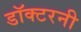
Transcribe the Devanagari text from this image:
डॉक्टरनी